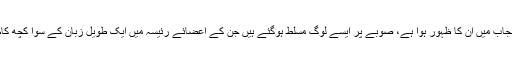
جب سے پنجاب میں ان کا ظہور ہوا ہے، صوبے پر ایسے لوگ مسلط ہوگئے ہیں جن کے اعضائے رئیسہ میں ایک طویل زبان کے سوا کچھ کام نہیں کرتا۔